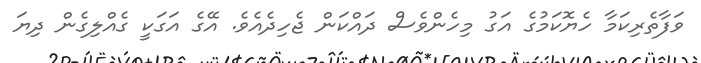
ވަފާތެރިކަމާ ހެޔޮކަމުގެ އަގު މިހެންވެސް ދައްކަން ޖެހިދެއެވެ. އޭގެ އަގަކީ ގެއްލިގެން ދިޔަ